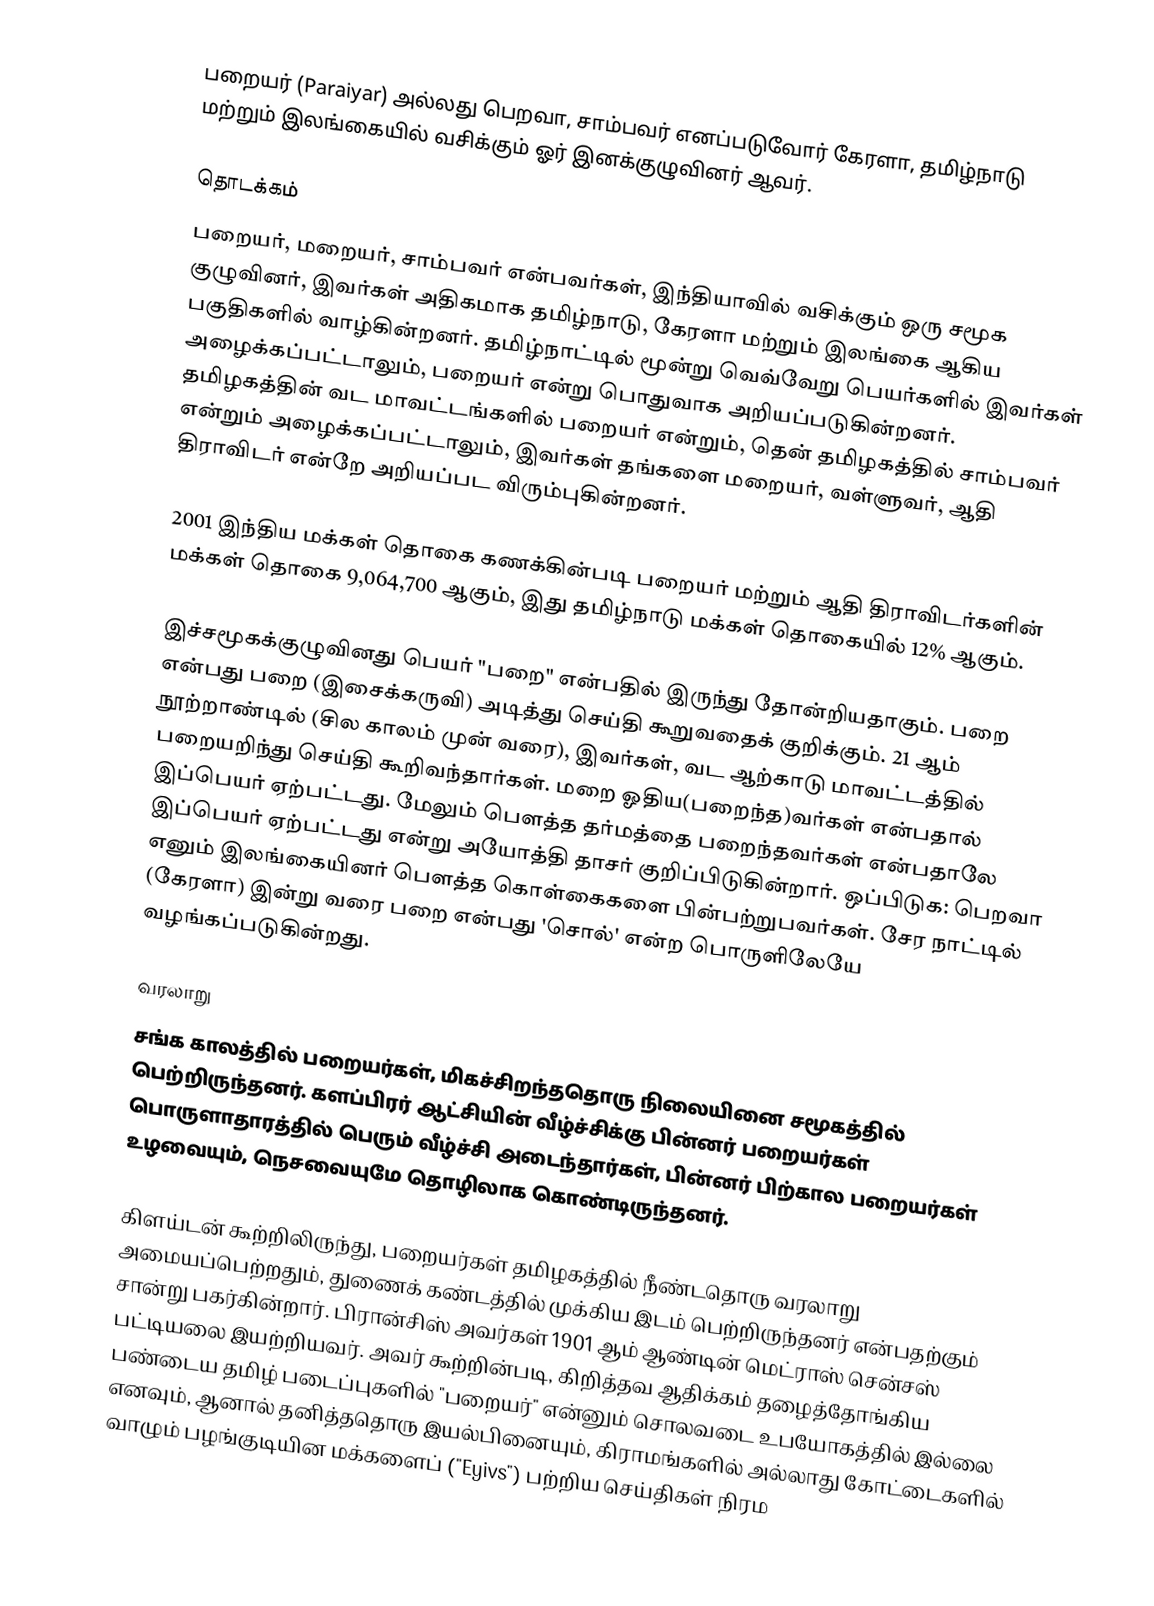
பறையர் (Paraiyar) அல்லது பெறவா, சாம்பவர் எனப்படுவோர் கேரளா, தமிழ்நாடு மற்றும் இலங்கையில் வசிக்கும் ஓர் இனக்குழுவினர் ஆவர்.

தொடக்கம்
பறையர், மறையர், சாம்பவர் என்பவர்கள், இந்தியாவில் வசிக்கும் ஒரு சமூக குழுவினர், இவர்கள் அதிகமாக தமிழ்நாடு, கேரளா மற்றும் இலங்கை ஆகிய பகுதிகளில் வாழ்கின்றனர். தமிழ்நாட்டில் மூன்று வெவ்வேறு பெயர்களில் இவர்கள் அழைக்கப்பட்டாலும், பறையர் என்று பொதுவாக அறியப்படுகின்றனர். தமிழகத்தின் வட மாவட்டங்களில் பறையர் என்றும், தென் தமிழகத்தில் சாம்பவர் என்றும் அழைக்கப்பட்டாலும், இவர்கள் தங்களை மறையர், வள்ளுவர், ஆதி திராவிடர் என்றே அறியப்பட விரும்புகின்றனர்.

2001 இந்திய மக்கள் தொகை கணக்கின்படி பறையர் மற்றும் ஆதி திராவிடர்களின் மக்கள் தொகை 9,064,700 ஆகும், இது தமிழ்நாடு மக்கள் தொகையில் 12% ஆகும்.

இச்சமூகக்குழுவினது பெயர் "பறை" என்பதில் இருந்து தோன்றியதாகும். பறை என்பது பறை (இசைக்கருவி) அடித்து செய்தி கூறுவதைக் குறிக்கும். 21 ஆம் நூற்றாண்டில் (சில காலம் முன் வரை), இவர்கள், வட ஆற்காடு மாவட்டத்தில் பறையறிந்து செய்தி கூறிவந்தார்கள். மறை ஓதிய(பறைந்த)வர்கள் என்பதால் இப்பெயர் ஏற்பட்டது. மேலும் பௌத்த தர்மத்தை பறைந்தவர்கள் என்பதாலே இப்பெயர் ஏற்பட்டது என்று அயோத்தி தாசர் குறிப்பிடுகின்றார். ஒப்பிடுக: பெறவா எனும் இலங்கையினர் பௌத்த கொள்கைகளை பின்பற்றுபவர்கள். சேர நாட்டில் (கேரளா) இன்று வரை பறை என்பது 'சொல்' என்ற பொருளிலேயே வழங்கப்படுகின்றது.

வரலாறு
சங்க காலத்தில் பறையர்கள், மிகச்சிறந்ததொரு நிலையினை சமூகத்தில் பெற்றிருந்தனர். களப்பிரர் ஆட்சியின் வீழ்ச்சிக்கு பின்னர் பறையர்கள் பொருளாதாரத்தில் பெரும் வீழ்ச்சி அடைந்தார்கள், பின்னர் பிற்கால பறையர்கள் உழவையும், நெசவையுமே தொழிலாக கொண்டிருந்தனர்.

கிளய்டன் கூற்றிலிருந்து, பறையர்கள் தமிழகத்தில் நீண்டதொரு வரலாறு அமையப்பெற்றதும், துணைக் கண்டத்தில் முக்கிய இடம் பெற்றிருந்தனர் என்பதற்கும் சான்று பகர்கின்றார். பிரான்சிஸ் அவர்கள் 1901 ஆம் ஆண்டின் மெட்ராஸ் சென்சஸ் பட்டியலை இயற்றியவர். அவர் கூற்றின்படி, கிறித்தவ ஆதிக்கம் தழைத்தோங்கிய பண்டைய தமிழ் படைப்புகளில் "பறையர்" என்னும் சொலவடை உபயோகத்தில் இல்லை எனவும், ஆனால் தனித்ததொரு இயல்பினையும், கிராமங்களில் அல்லாது கோட்டைகளில் வாழும் பழங்குடியின மக்களைப் ("Eyivs") பற்றிய செய்திகள் நிரம